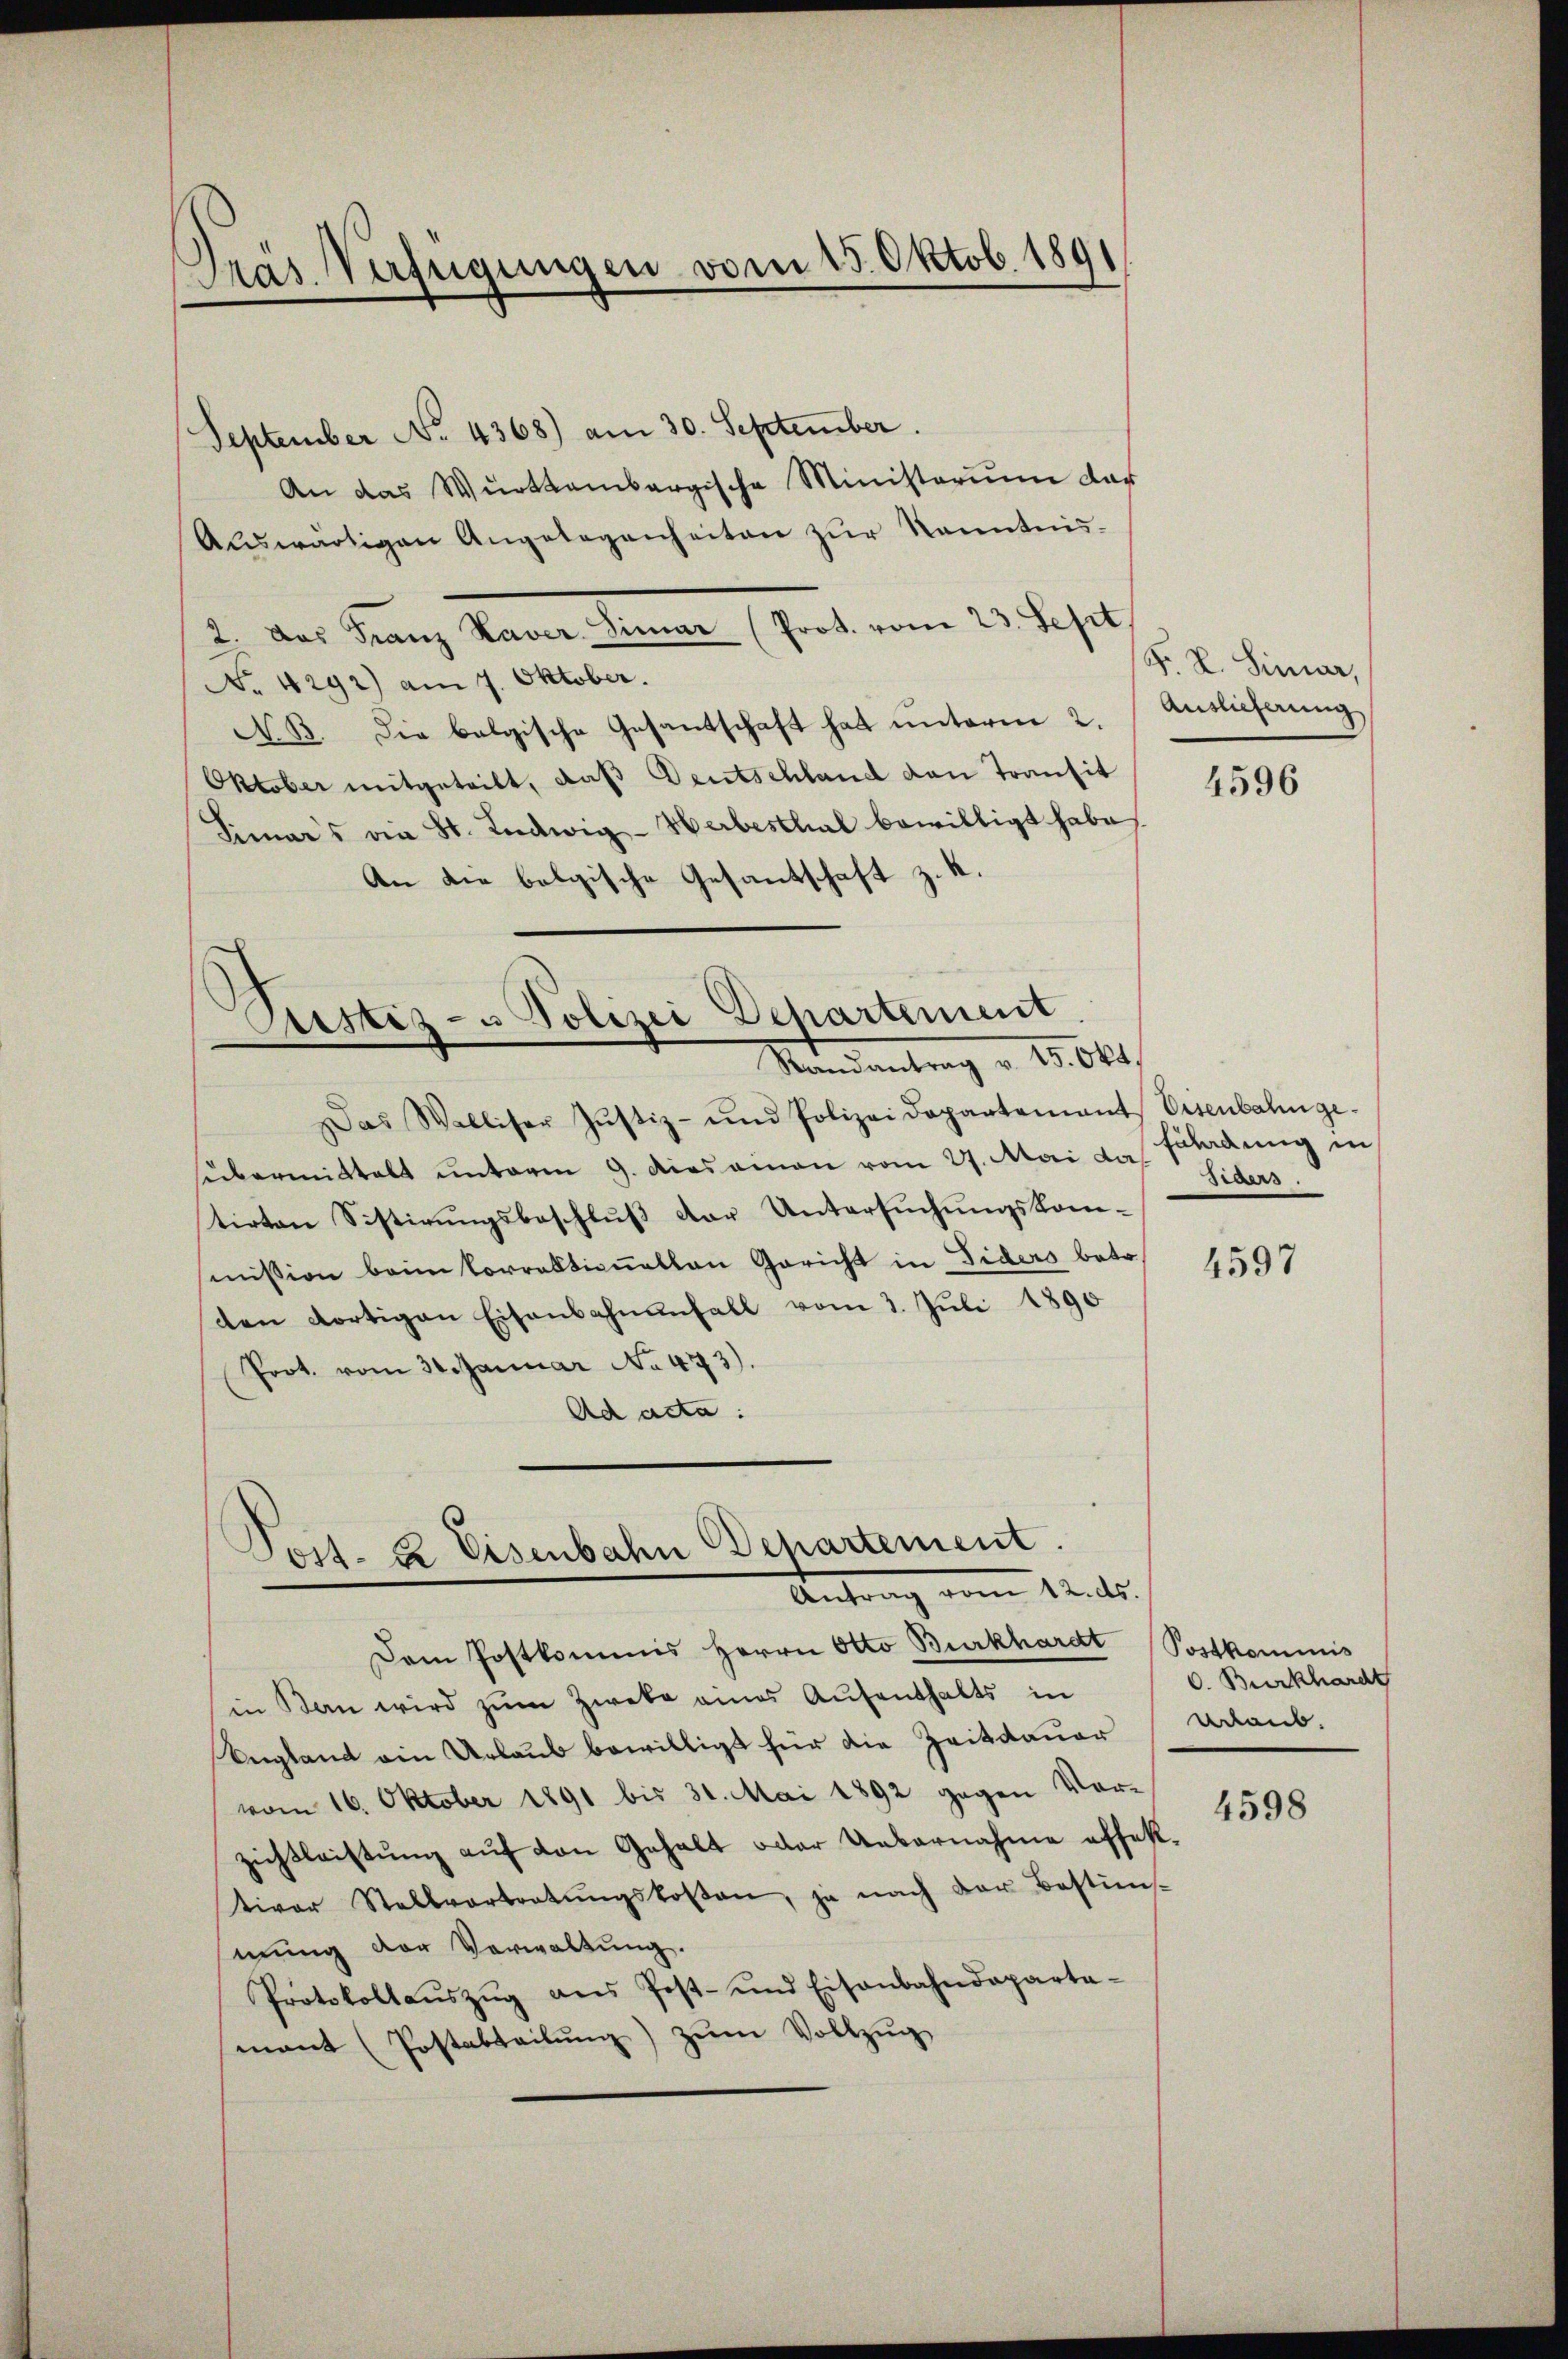
Präs. Verfügungen vom 15. Oktob. 1891

September No. 4368) am 30. September.
An das Württembergische Ministerium dar
Aŭswärtigen Angelegenheiten zŭr Kenntnis-
2. Das Franz Xaver Simar (Prot. vom 23. Sept.
No. 4292) am 7. Oktober.
NB. Die belgische Gesantschaft hat unterm 2.
Oktober mitgeteilt, daß Deutschland von Transit
Sinars die St. Ludwig-Herbesthal bewilligt habe,
An die belgische Gesantschaft z. K.

Pustiz- & Polizei Dehartement
.
Mandantrag v. 15000f

Das Walliser Justiz- und Polizeidepartement Eisenbahnge-
uebermittelt unterm 9. Miasamon vom 27. Mai da
tirten Sistirŭngsbeschlŭβ der Untersŭchŭngskom-
mission beim Correktionellen Gericht in Fiders betr.
ten dortigen Eisenbahnanfall vom 3. Juli 1890
Prot. vom 31. Januar No 473).
Ad acta:

.
Post- & Eisenbahn Departement.
Antrag vom 12. ds.

Dem Postkommis Herrn Otto Burkhardt Postkommis
in Bern wird zŭm Zweke eines Aufenthalts in
England ein Urlaub bewilligt für die Zeitdauer
vom 16. Oktober 1891 bis 31. Mai 1892 gegen Vor-
zichtleistŭng aŭf von Gehalt oder Uebernahme offest-
tiver Stellvertretŭngskosten, je nach der Bestim-
mung der Verwaltung.
Protokollaŭszŭg ans Post- und Eisenbahndeparta-
mant (Postabteilŭng zŭm Vollzŭg

Fr. R. Simar,
Auslieferung

4596

Füladung in
Siders.

4597

. Burkhardt
erlaub.
4598